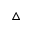
\triangle